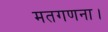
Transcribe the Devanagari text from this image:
मतगणना।